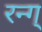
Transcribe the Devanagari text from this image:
रन्ग्